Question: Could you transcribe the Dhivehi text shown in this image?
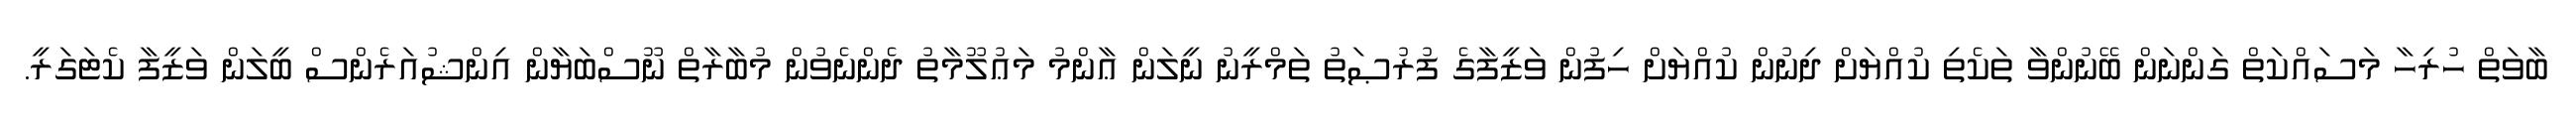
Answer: ބާވަތް ހުރިހާ މަސައްކަތް ގަންނަން ބޭނުންވާ ތަކެތި ކުއްޔަށް ދިނުން ކުއްޔަށް ހިފުން ވަޒީފާގެ ފުރުޞަތު ތަމްރީނު ނީލަން ޢާންމު މަޢުލޫމާތު ދެންނެވުން މުބާރާތް ނޫސްބަޔާން އިންޝުއަރެންސް ބީލަން ވަޒީފާ ކެޓަގަރީ.